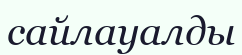
сайлауалды